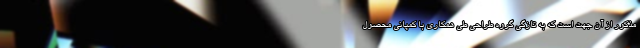
مذکور از آن جهت است که به تازگی گروه طراحی طی همکاری با کمپانی محصول